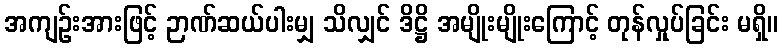
အကျဉ်းအားဖြင့် ဉာဏ်ဆယ်ပါးမျှ သိလျှင် ဒိဋ္ဌိ အမျိုးမျိုးကြောင့် တုန်လှုပ်ခြင်း မရှိ။